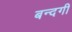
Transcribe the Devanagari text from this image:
बन्दगी